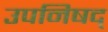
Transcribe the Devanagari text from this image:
उपनिषद्